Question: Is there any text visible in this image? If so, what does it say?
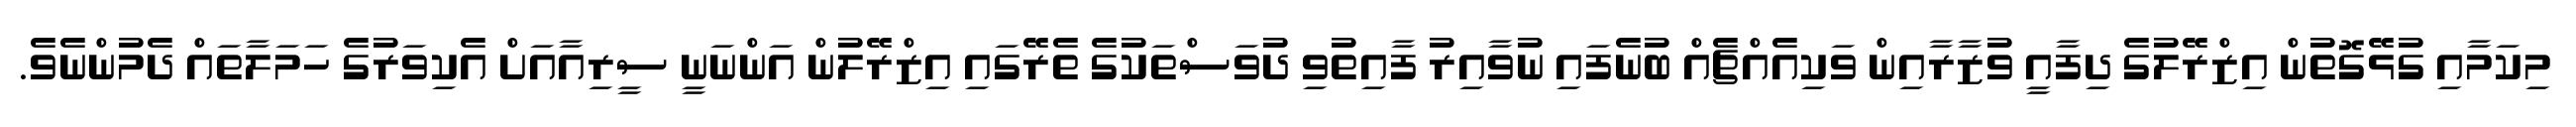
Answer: މިކަމާއި ގުޅޭގޮތުން އިޒްރޭލުގެ ދިފާއީ ވުޒާރާއިން ވަކިއެއްޗެއް ބުނެފައި ނުވާއިރު ފާއިތުވި ދުވަސްތަކުގެ ތެރޭގައި އިޒްރޭލުން އަންނަނީ ސީރިއާއަށް އެކިވަރުގެ ހަމަލާތައް ދެމުންނެވެ.